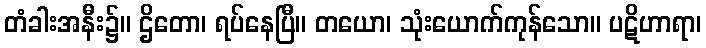
တံခါးအနီး၌။ ဌိတော၊ ရပ်နေပြီ။ တယော၊ သုံးယောက်ကုန်သော။ ပဋိဟာရာ၊